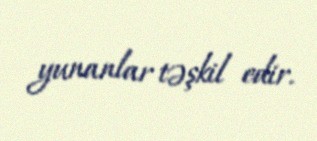
yunanlar təşkil edir.